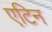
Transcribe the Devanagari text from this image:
एटिन